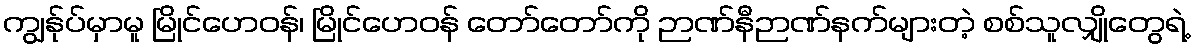
ကျွန်ုပ်မှာမူ မြိုင်ဟေဝန်၊ မြိုင်ဟေဝန် တော်တော်ကို ဉာဏ်နီဉာဏ်နက်များတဲ့ စစ်သူလျှိုတွေရဲ့